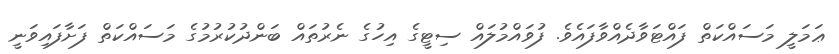
ޢަމަލީ މަސައްކަތް ފައްޓަވާދެއްވާފައެވެ. ފުވައްމުލައް ސިޓީގެ އިހުގެ ނެރުތައް ބަންދުކުރުމުގެ މަސައްކަތް ފަށާފައިވަނީ